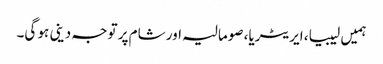
ہمیں لیبیا، ایریٹریا، صومالیہ اور شام پر توجہ دینی ہو گی۔